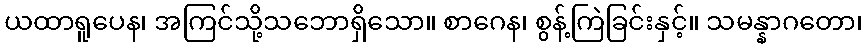
ယထာရူပေန၊ အကြင်သို့သဘောရှိသော။ စာဂေန၊ စွန့်ကြဲခြင်းနှင့်။ သမန္နာဂတော၊